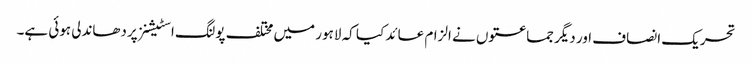
تحریک انصاف اور دیگر جماعتوں نے الزام عائد کیا کہ لاہور میں مختلف پولنگ اسٹیشنز پردھاندلی ہوئی ہے۔